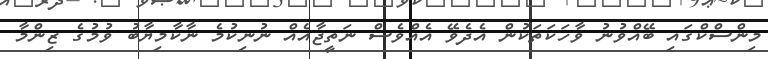
މިންސްކްގައި ބޭއްވުނު ވާހަކަތަކުން އެދެވޭ އެއްވެސް ނަތީޖާއެއް ނުނިކުމެ ނާކާމިޔާބު ވުމުގެ ޒިންމާ